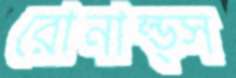
রোনাল্ড্স